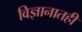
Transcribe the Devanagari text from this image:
विज्ञानातही